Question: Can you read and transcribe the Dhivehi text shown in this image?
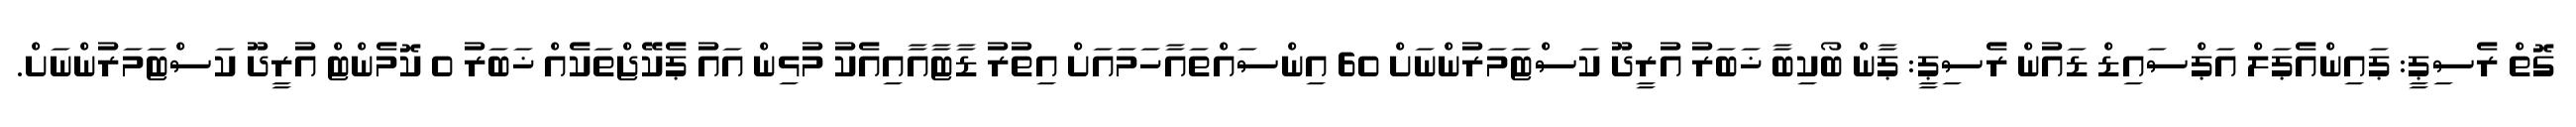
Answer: ގޮތް ރެސިޕީ: ޕައިންއެޕަލް އަޕްސައިޑް ޑައުން ރެސިޕީ: ޕާން ބޯކިބާ ޚަބަރު އުރީދޫ ކަސްޓަމަރުންނަށް 60 އިންސައްތައާހަމައަށް އިތުރު ޑާޓާއާއިއެކު މުޅިން އައު ޕެކޭޖްތަކެއް ޚަބަރު 0 ކޮމެންޓް އުރީދޫ ކަސްޓަމަރުންނަށް.